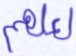
لعلهم